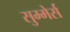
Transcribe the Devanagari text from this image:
सुम्मेर्स